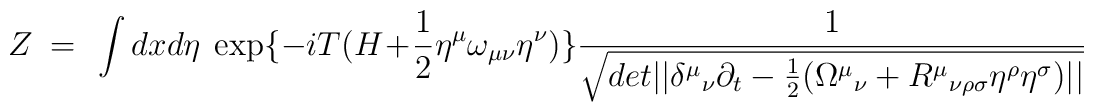
Z  ~=~ \int dx d\eta \ \exp\{ -i T (H + \frac{1}{2} \eta^\mu\omega_{\mu\nu} \eta^\nu) \} { 1 \over \sqrt{ det ||{\delta^{\mu}}_{\nu}\partial_{t} - \frac{1}{2} ({\Omega^{\mu}}_{\nu} +{R^{\mu}}_{\nu\rho\sigma}\eta^\rho\eta^\sigma) || } }